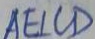
A E \bot C D